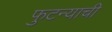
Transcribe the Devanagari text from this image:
फुटन्याची